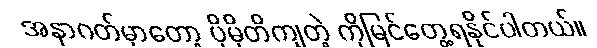
အနာဂတ်မှာတော့ ပိုမိုတိကျတဲ့ ကိုမြင်တွေ့ရနိုင်ပါတယ်။